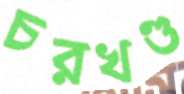
চরখণ্ড